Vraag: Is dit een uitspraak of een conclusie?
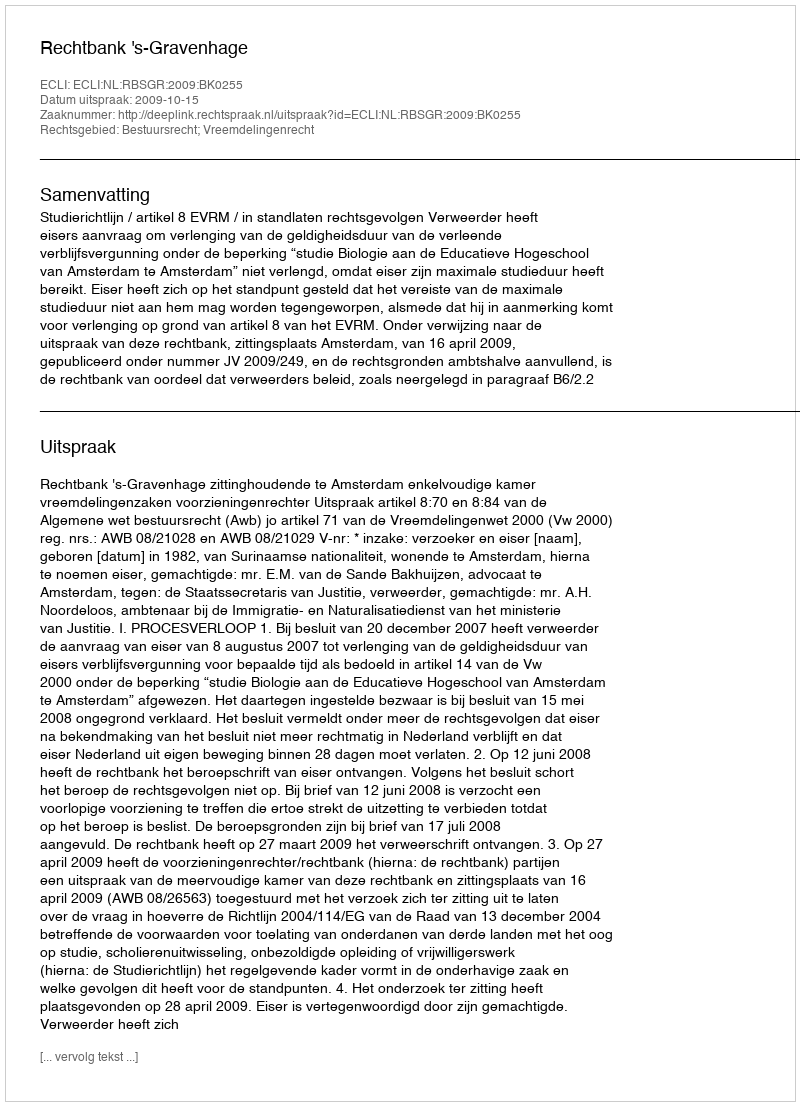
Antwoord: Uitspraak